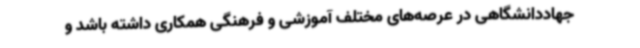
جهاددانشگاهی در عرصه‌های مختلف آموزشی و فرهنگی همکاری داشته باشد و